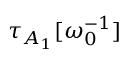
\tau _ { A _ { 1 } } [ \omega _ { 0 } ^ { - 1 } ]